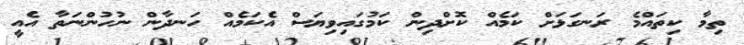
ތިމާ ކިތައްމެ ރަނގަޅަށް ކަމެއް ކޮށްދިން ކަމުގައިވިޔަސް އެކަމެއް ހަނދާން ނުހުންނަތާ އެެއީ